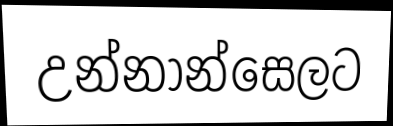
උන්නාන්සෙලට